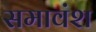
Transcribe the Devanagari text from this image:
समावंश